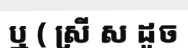
ឬ ( ស្រី ស ដូច